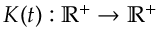
K ( t ) : \mathbb { R } ^ { + } \rightarrow \mathbb { R } ^ { + }